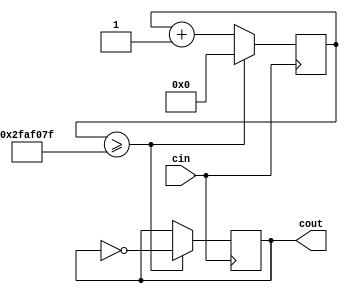
module ClockDividerLong(cin,cout);

	// Based on (corrected) code from fpga4student.com
	// cin is the input clock; if from the DE10-Lite,
	// the input clock will be at 50 MHz
	// The clock divider toggles cout every 25 million
	// cycles of the input clock
	// Provided clock divider code, edited it so that it ticks every 2 second

	input cin;
	output reg cout;
	reg[31:0] count; 
	parameter D = 32'd50_000_000;
	always @(posedge cin) begin
		count <= count + 32'd1;
		if (count >= (D-1)) begin
			cout <= ~cout;
			count <= 32'd0;
		end
	end
endmodule